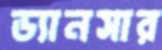
ড্যানসার